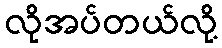
လိုအပ်တယ်လို့